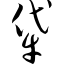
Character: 牮